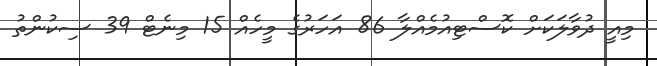
މިއީ ދުވާލަކަށް ކޮސްޓިއުމެއްލާ 86 އަހަރުގެ މީހެއް 15 މިނެޓް 39 ސިކުންތު